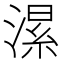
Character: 𱨂